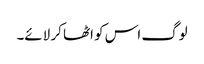
لوگ اس کو اٹھا کر لائے۔